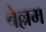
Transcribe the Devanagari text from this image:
बेल्लम